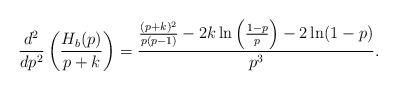
LaTeX: \begin{align*} \frac{d^2}{dp^2}\left(\frac{H_b(p)}{p+k}\right) &= \frac{\frac{(p+k)^2}{p(p-1)} -2k\ln\left(\frac{1-p}{p}\right) - 2 \ln (1-p)}{p^3}.\end{align*}